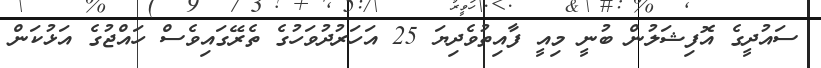
ސައުދީގެ އޮފިޝަލުން ބުނީ މިއީ ފާއިތުވެދިޔަ 25 އަހަރުދުވަހުގެ ތެރޭގައިވެސް ހައްޖުގެ އަޅުކަން